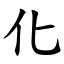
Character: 化